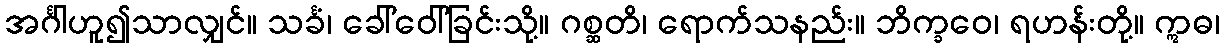
အင်္ဂါဟူ၍သာလျှင်။ သင်္ခံ၊ ခေါ်ဝေါ်ခြင်းသို့။ ဂစ္ဆတိ၊ ရောက်သနည်း။ ဘိက္ခဝေ၊ ရဟန်းတို့။ ဣဓ၊